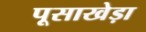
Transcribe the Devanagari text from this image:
पूसाखेड़ा